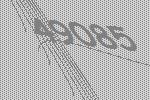
49085